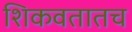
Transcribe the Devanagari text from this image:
शिकवतातच